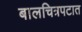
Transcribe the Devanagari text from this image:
बालचित्रपटात